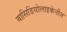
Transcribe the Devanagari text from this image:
बासिडियोलाइकेनीज़